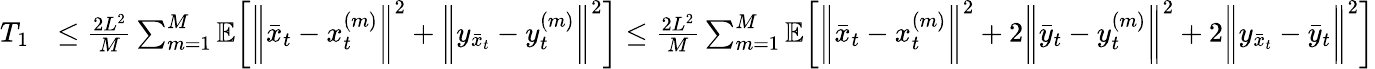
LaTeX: \begin{array}{rl}{T_{1}}&{\leq\frac{2L^{2}}{M}\sum_{m=1}^{M}\mathbb{E}\bigg[\bigg\| \bar{x}_{t}-x_{t}^{(m)}\bigg\| ^{2}+\bigg\| y_{\bar{x}_{t}}-y_{t}^{(m)}\bigg\| ^{2}\bigg]\leq\frac{2L^{2}}{M}\sum_{m=1}^{M}\mathbb{E}\bigg[\bigg\| \bar{x}_{t}-x_{t}^{(m)}\bigg\| ^{2}+2\bigg\| \bar{y}_{t}-y_{t}^{(m)}\bigg\| ^{2}+2\bigg\| y_{\bar{x}_{t}}-\bar{y}_{t}\bigg\| ^{2}\bigg]}\end{array}